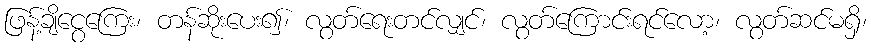
ဖြန့်ချိငွေကြေး၊ တန်ဆိုးပေး၍၊ လွတ်ရေးတင်လျှင်၊ လွတ်ကြောင်းရင်လော့၊ လွတ်ဆင်မရှိ၊